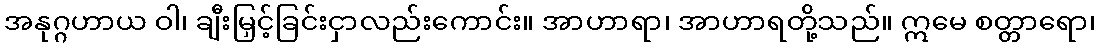
အနုဂ္ဂဟာယ ဝါ၊ ချီးမြှင့်ခြင်းငှာလည်းကောင်း။ အာဟာရာ၊ အာဟာရတို့သည်။ ဣမေ စတ္တာရော၊